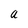
Character: u